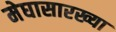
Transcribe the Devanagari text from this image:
मेघासारख्या